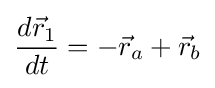
{\frac {d{\vec {r}}_{1}}{dt}}=-{\vec {r}}_{a}+{\vec {r}}_{b}